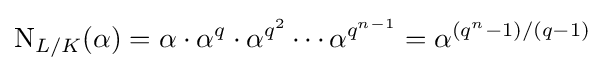
\operatorname {N} _{L/K}(\alpha )=\alpha \cdot \alpha ^{q}\cdot \alpha ^{q^{2}}\cdots \alpha ^{q^{n-1}}=\alpha ^{(q^{n}-1)/(q-1)}